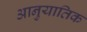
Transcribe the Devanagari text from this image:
आनुयातिक